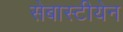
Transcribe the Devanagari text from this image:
सेबास्टीयेन